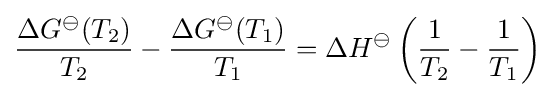
{\frac {\Delta G^{\ominus }(T_{2})}{T_{2}}}-{\frac {\Delta G^{\ominus }(T_{1})}{T_{1}}}=\Delta H^{\ominus }\left({\frac {1}{T_{2}}}-{\frac {1}{T_{1}}}\right)